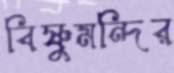
বিষ্ণুমন্দির